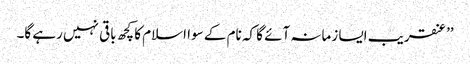
’’عنقریب ایسا زمانہ آئے گا کہ نام کے سوا اسلام کا کچھ باقی نہیں رہے گا۔